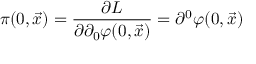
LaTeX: \pi ( 0 , \vec { x } ) = { \frac { \partial { \cal L } } { \partial \partial _ { 0 } \varphi ( 0 , \vec { x } ) } } = \partial ^ { 0 } \varphi ( 0 , { \vec { x } } )